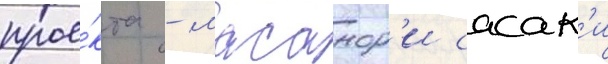
прое́кта - масанор'и сасак'и